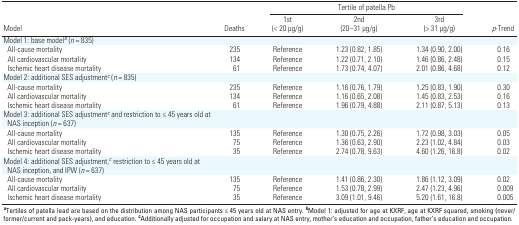
<table><thead><tr><td rowspan="2"><b>Model</b></td><td rowspan="2"><b>Deaths</b></td><td colspan="3"><b>Tertile of patella Pb</b></td><td rowspan="2"><b><i>p</i>‐Trend</b></td></tr><tr><td><b>1st (&lt; 20 μg/g)</b></td><td><b>2nd (20–31 μg/g)</b></td><td><b>3rd (&gt; 31 μg/g)</b></td></tr></thead><tbody><tr><td><b>Model 1: base model<sup><i>b</i></sup> (<i>n</i> = 835)</b></td></tr><tr><td><b>All-cause mortality</b></td><td>235</td><td>Reference</td><td>1.23 (0.82, 1.85)</td><td>1.34 (0.90, 2.00)</td><td>0.16</td></tr><tr><td><b>All cardiovascular mortality</b></td><td>134</td><td>Reference</td><td>1.22 (0.71, 2.10)</td><td>1.46 (0.86, 2.48)</td><td>0.15</td></tr><tr><td><b>Ischemic heart disease mortality</b></td><td>61</td><td>Reference</td><td>1.73 (0.74, 4.07)</td><td>2.01 (0.86, 4.68)</td><td>0.12</td></tr><tr><td><b>Model 2: additional SES adjustment<sup><i>c</i></sup> (<i>n</i> = 835)</b></td></tr><tr><td><b>All-cause mortality</b></td><td>235</td><td>Reference</td><td>1.16 (0.76, 1.79)</td><td>1.25 (0.83, 1.90)</td><td>0.30</td></tr><tr><td><b>All cardiovascular mortality</b></td><td>134</td><td>Reference</td><td>1.16 (0.65, 2.08)</td><td>1.45 (0.83, 2.53)</td><td>0.16</td></tr><tr><td><b>Ischemic heart disease mortality</b></td><td>61</td><td>Reference</td><td>1.96 (0.79, 4.88)</td><td>2.11 (0.87, 5.13)</td><td>0.13</td></tr><tr><td><b>Model 3: additional SES adjustment<sup><i>c</i></sup> and restriction to ≤ 45 years old at NAS inception (<i>n</i> = 637)</b></td></tr><tr><td><b>All-cause mortality</b></td><td>135</td><td>Reference</td><td>1.30 (0.75, 2.26)</td><td>1.72 (0.98, 3.03)</td><td>0.05</td></tr><tr><td><b>All cardiovascular mortality</b></td><td>75</td><td>Reference</td><td>1.36 (0.63, 2.90)</td><td>2.23 (1.02, 4.84)</td><td>0.03</td></tr><tr><td><b>Ischemic heart disease mortality</b></td><td>35</td><td>Reference</td><td>2.74 (0.78, 9.63)</td><td>4.60 (1.26, 16.8)</td><td>0.02</td></tr><tr><td><b>Model 4: additional SES adjustment,<sup><i>c</i></sup> restriction to ≤ 45 years old at NAS inception, and IPW (<i>n</i> = 637)</b></td></tr><tr><td><b>All-cause mortality</b></td><td>135</td><td>Reference</td><td>1.41 (0.86, 2.30)</td><td>1.86 (1.12, 3.09)</td><td>0.02</td></tr><tr><td><b>All cardiovascular mortality</b></td><td>75</td><td>Reference</td><td>1.53 (0.78, 2.99)</td><td>2.47 (1.23, 4.96)</td><td>0.009</td></tr><tr><td><b>Ischemic heart disease mortality</b></td><td>35</td><td>Reference</td><td>3.09 (1.01, 9.46)</td><td>5.20 (1.61, 16.8)</td><td>0.005</td></tr><tr><td colspan="6"><sup><i><b>a</b></i></sup>Tertiles of patella lead are based on the distribution among NAS participants ≤ 45 years old at NAS entry. <sup><i><b>b</b></i></sup>Model 1: adjusted for age at KXRF, age at KXRF squared, smoking (never/former/current and pack-years), and education. <sup><i><b>c</b></i></sup>Additionally adjusted for occupation and salary at NAS entry, mother’s education and occupation, father’s education and occupation.</td></tr></tbody></table>